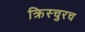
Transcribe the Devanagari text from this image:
क्रिस्चुरच